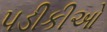
પડીકીઓ